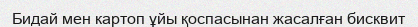
Бидай мен картоп ұйы қоспасынан жасалған бисквит